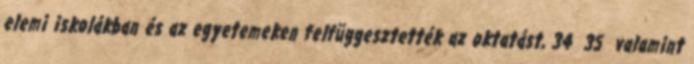
elemi iskolákban és az egyetemeken felfüggesztették az oktatást, 34 35 valamint